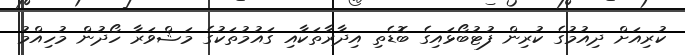
ކުރިއަށް ދިއުމުގެ ކުރިން ފުޓުބޯޅައިގެ ބޮޑެތި އިދާރާތަކާއި ގައުމުތަކުގެ މަޝްވަރާ ހޯދުން މުހިއްމު